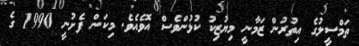
ތަމްސީލުގެ އިތުރުން ޒަމާނީ މިޔުޒިކު ކުޅުންވެސް އޮވެއެވެ. މިކަން ފެށުނީ 1990 ގެ